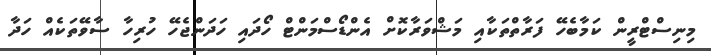
މިނިސްޓްރީން ކަމާބެހޭ ފަރާތްތަކާއި މަޝްވަރާކޮށް އެންޑޯސްމަންޓް ހޯދައި ހަދަންޖެހޭ ހުރިހާ ސާވޭތަކެއް ހަދާ